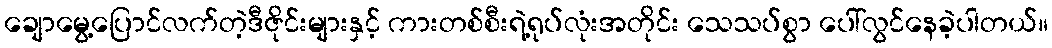
ချောမွေ့ပြောင်လက်တဲ့ဒီဇိုင်းများနှင့် ကားတစ်စီးရဲ့ရုပ်လုံးအတိုင်း သေသပ်စွာ ပေါ်လွင်နေခဲ့ပါတယ်။